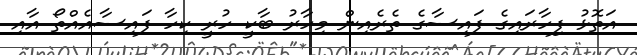
އަތޮޅު ފިހާރައިގެ ފައިސާގެ ތެރެއިން މިހާރު ބާކީ ހުރީ ކިހާ ފައިސާއެއްތޯ އާއި